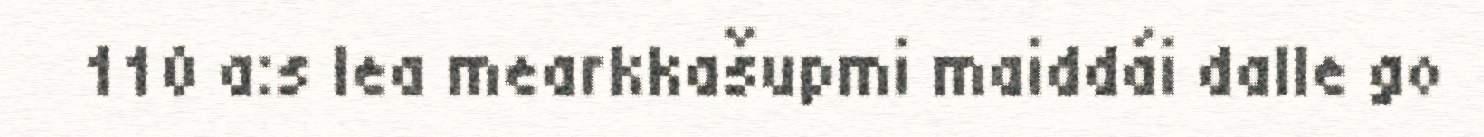
110 a:s lea mearkkašupmi maiddái dalle go